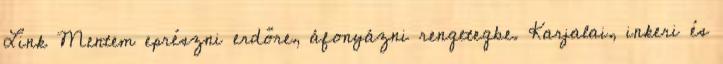
Link Mentem eprészni erdőre, áfonyázni rengetegbe. Karjalai, inkeri és